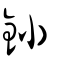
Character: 釥